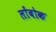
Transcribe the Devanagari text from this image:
लोंबोक